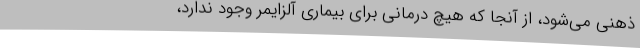
ذهنی می‌شود، از آنجا که هیچ درمانی برای بیماری آلزایمر وجود ندارد،